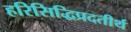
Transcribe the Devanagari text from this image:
हरिसिद्धिप्रदतीर्थ